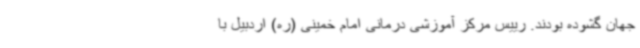
جهان گشوده بودند. رییس مرکز آموزشی درمانی امام خمینی (ره) اردبیل با